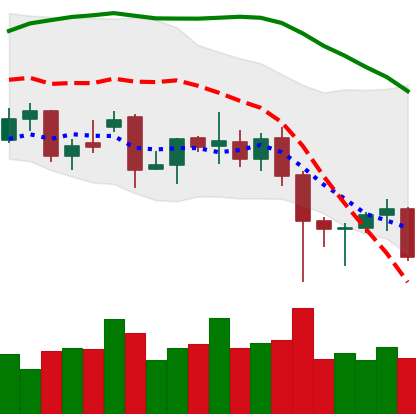
Ticker: XMR-USD
Chart end date: 2021-12-09
Forward return: -4.388%
Label: down_3_5